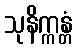
သုနိက္ကန္တံ